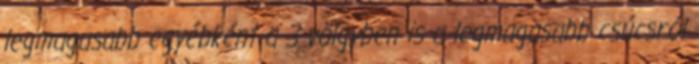
legmagasabb egyébként a 3 völgyben is a legmagasabb csúcsról